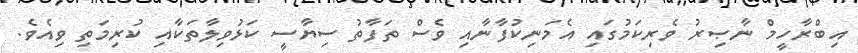
އިބްރާހީމް ނާޞިރު ވެރިކަމުގައި އެމަނިކުފާނާއި ވެސް ތަފާތު ސިޔާސީ ކަޅުވިލާތަކާއި ކުރިމަތި ވިއެވެ.